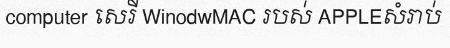
computer សេរី WinodwMAC របស់ APPLEសំរាប់